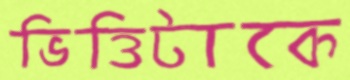
ভিত্তিটাকে